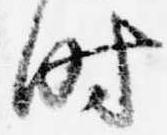
時